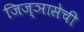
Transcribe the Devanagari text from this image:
जिज्ञासेची